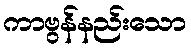
ကာဗွန်နည်းသော